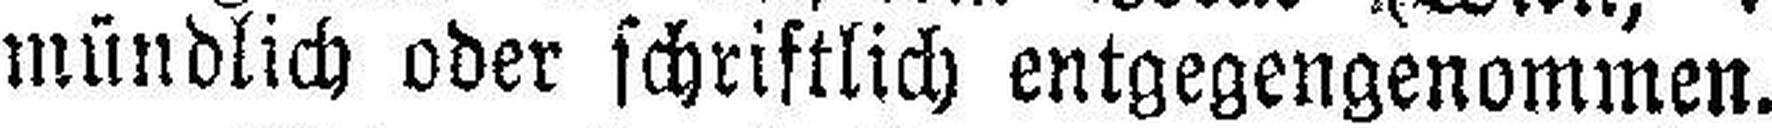
mündlich oder schriftlich entgegengenommen.